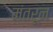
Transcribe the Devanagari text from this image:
मंतरून